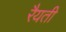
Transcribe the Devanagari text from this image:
रैयती